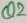
Text: Q2